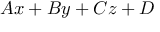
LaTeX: A x + B y + C z + D